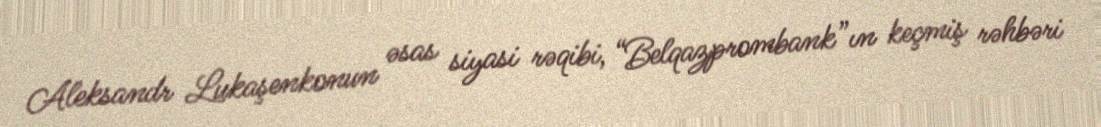
Aleksandr Lukaşenkonun əsas siyasi rəqibi, “Belqazprombank”ın keçmiş rəhbəri